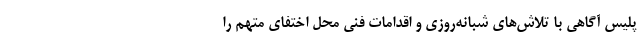
پلیس آگاهی با تلاش‌های شبانه‌روزی و اقدامات فنی محل اختفای متهم را